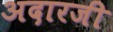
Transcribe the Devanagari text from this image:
अदारजी